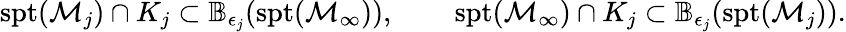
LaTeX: \begin{array}{rlr}{\mathrm{spt}(\mathcal{M}_{j})\cap K_{j}\subset\mathbb{B}_{\epsilon_{j}}(\mathrm{spt}(\mathcal{M}_{\infty})),}&{\ }&{\mathrm{spt}(\mathcal{M}_{\infty})\cap K_{j}\subset\mathbb{B}_{\epsilon_{j}}(\mathrm{spt}(\mathcal{M}_{j})).}\end{array}